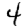
Digit: 4